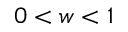
0 < w < 1